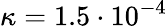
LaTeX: \kappa=1.5\cdot 10^{-4}